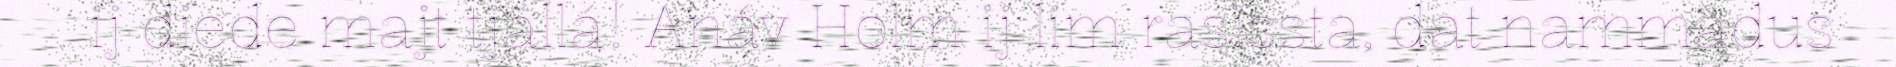
ij diede majt tjállá! Anáv Holm ij lim rasissta, dat nammadus